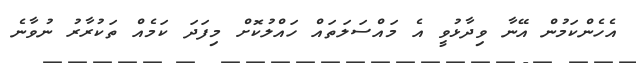
އެހެންކަމުން އޭނާ ވިދާޅުވީ އެ މައްސަލަތައް ހައްލުކޮށް މިފަދަ ކަމެއް ތަކުރާރު ނުވާނެ